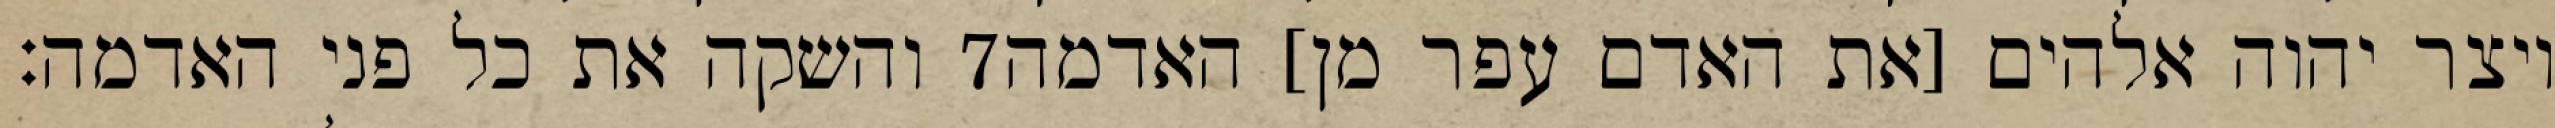
והשקה את כל פני האדמה׃ ‎7‏ ויצר יהוה אלהים [את האדם עפר מן] האדמה